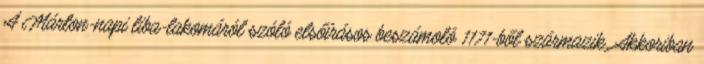
A Márton-napi liba-lakomáról szóló elsőírásos beszámoló 1171-ből származik. Akkoriban